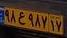
۹۸ع۹۸۷۱۷